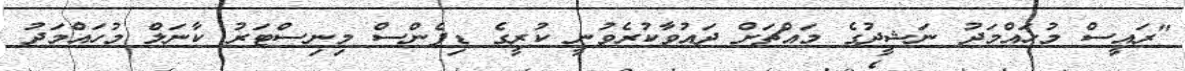
"ރައީސް މުހައްމަދު ނަޝީދުގެ މައްޗަށް ދައުވާކުރެވުނީ ކުރީގެ ޑިފެންސް މިނިސްޓަރު ކާނަލް މުހައްމަދު